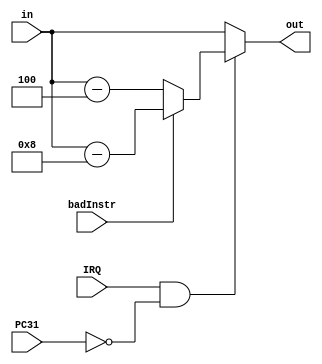
module PCplus4minus4(IRQ, PC31, in, out, badInstr);

input IRQ, PC31, badInstr;
input [31:0]in;
output [31:0]out;
wire IRQ_trig;

assign IRQ_trig = IRQ == 1 & !PC31;
assign out = IRQ_trig ? (badInstr ? in - 8 : in - 4) : in;
endmodule